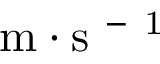
\mathrm { m \cdot s ^ { \mathrm { ~ - ~ 1 ~ } } }